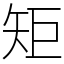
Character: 矩